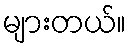
များတယ်။